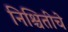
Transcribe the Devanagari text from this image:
निश्चितीचे